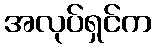
အလုပ်ရှင်က